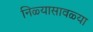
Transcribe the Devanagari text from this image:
निळ्यासावळ्या